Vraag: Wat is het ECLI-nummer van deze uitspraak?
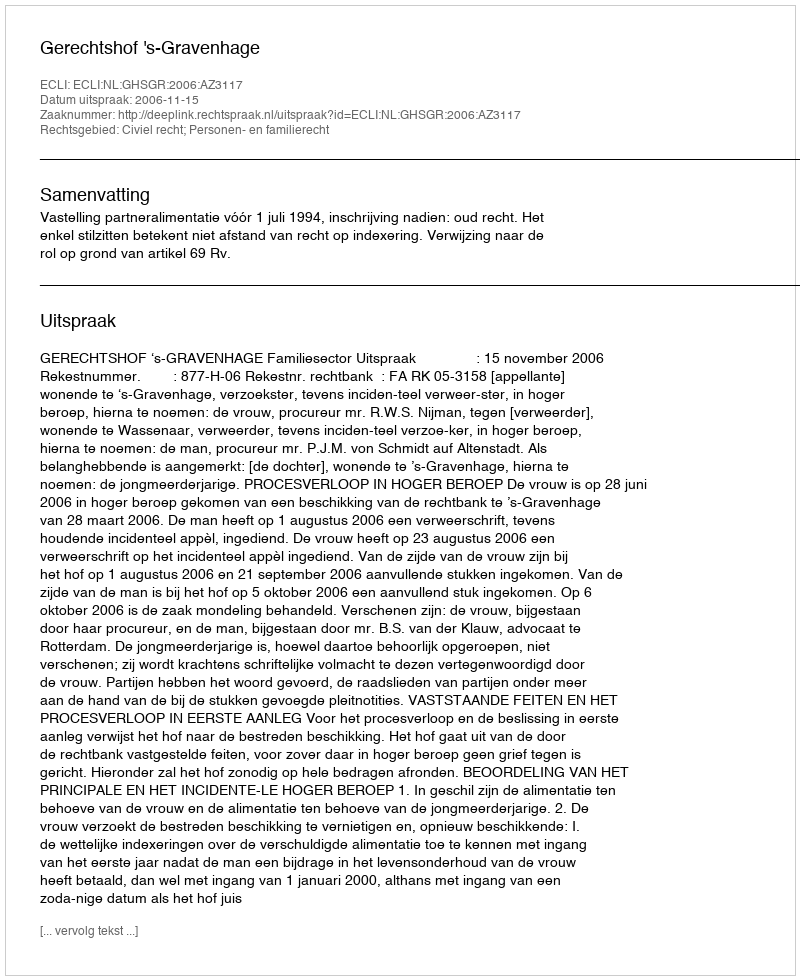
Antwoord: ECLI:NL:GHSGR:2006:AZ3117